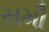
સમૌ